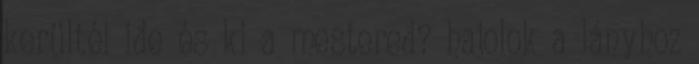
kerültél ide és ki a mestered? hajolok a lányhoz